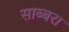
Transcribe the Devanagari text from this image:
साब्बरा